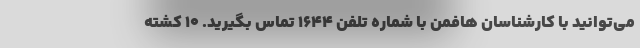
می‌توانید با کارشناسان هافمن با شماره تلفن ۱۶۴۴ تماس بگیرید. 10 کشته